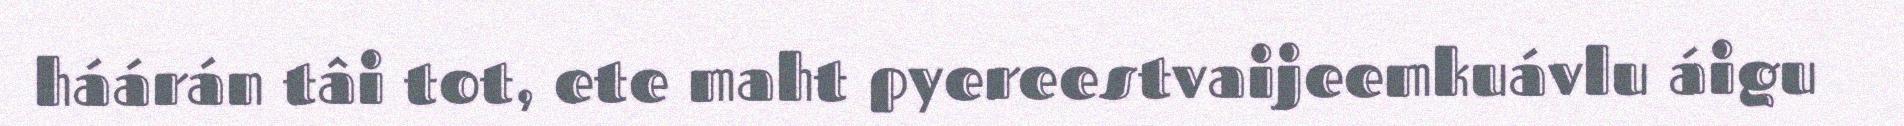
háárán tâi tot, ete maht pyereestvaijeemkuávlu áigu